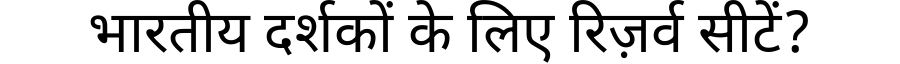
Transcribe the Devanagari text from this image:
भारतीय दर्शकों के लिए रिज़र्व सीटें?